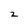
Character: 2